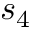
s _ { 4 }